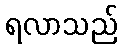
ရလာသည်